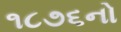
૧૮૭૬નો